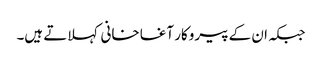
جبکہ ان کے پیروکار آغا خانی کہلاتے ہیں۔